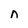
Character: n